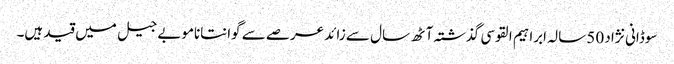
سوڈانی نژاد 50 سالہ ابراہیم القوسی گذشتہ آٹھ سال سے زائد عرصے سے گوانتاناموبے جیل میں قید ہیں۔